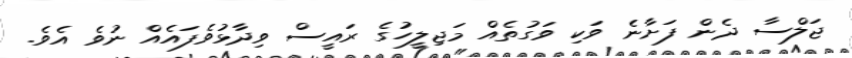
ޖަލްސާ ދެން ފަށާނެ ވަކި ވަގުތެއް މަޖިލީހުގެ ރައީސް ވިދާޅުވެފައެއް ނުވެ އެވެ.